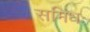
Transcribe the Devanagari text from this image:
समिधः